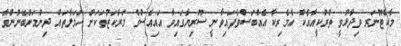
މާކްޓޫނަރ ވިދާޅުވީ ތުރުކީއާއެކު އެމެރިކާ އެއްބަސްވެފައިވާނީ ސޫރިޔާގައިވާ އައިއެސްގެ މަރުކަޒުތަކަށް ހަމަލާތައް ދިނުމަށްބޭނުންވާ